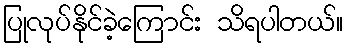
ပြုလုပ်နိုင်ခဲ့ကြောင်း သိရပါတယ်။